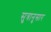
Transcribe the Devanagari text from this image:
सुत्रानुसार